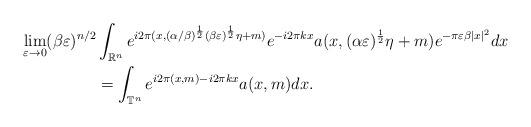
LaTeX: \begin{align*}\lim_{\varepsilon\rightarrow 0} (\beta\varepsilon)^{n/2} &\int_{\mathbb{R}^n}e^{i2\pi( x,(\alpha/\beta)^{\frac{1}{2}}(\beta\varepsilon)^{\frac{1}{2}}\eta+m)}e^{-i2\pi kx}a( x,(\alpha\varepsilon)^{\frac{1}{2}} \eta+m) e^{-\pi\varepsilon\beta|x|^2}dx\\&=\int_{\mathbb{T}^n}e^{i2\pi( x,m)-i2\pi kx}a(x,m)dx.\end{align*}